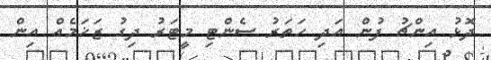
ދޮޅު އިންޗު ފުން އަދި ހަތަރު ސެންޓި މީޓަރު ދިގު ޒަޚަމެއް އިން